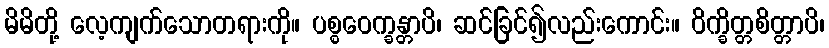
မိမိတို့ လေ့ကျက်သောတရားကို။ ပစ္စဝေက္ခန္တာပိ၊ ဆင်ခြင်၍လည်းကောင်း။ ဝိက္ခိတ္တစိတ္တာပိ၊